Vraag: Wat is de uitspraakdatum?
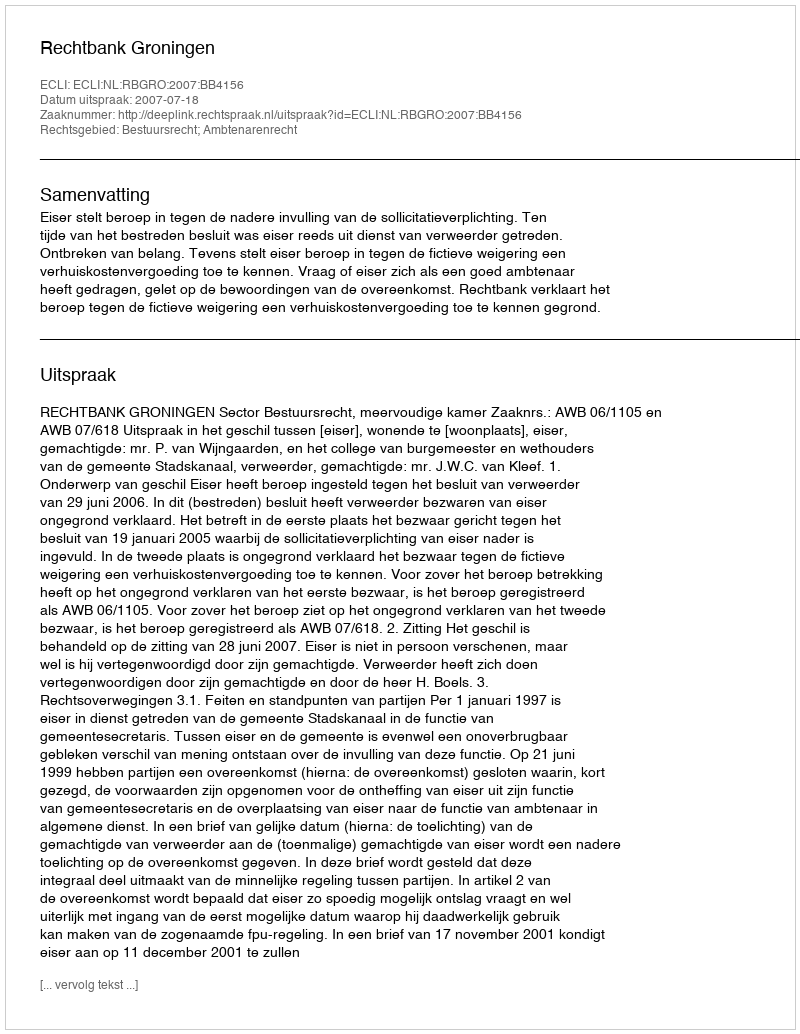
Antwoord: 2007-07-18